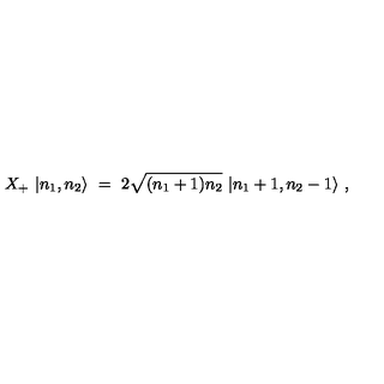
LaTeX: X _ { + } \ | n _ { 1 } , n _ { 2 } \rangle \ = \ 2 \sqrt { ( n _ { 1 } + 1 ) n _ { 2 } } \ | n _ { 1 } + 1 , n _ { 2 } - 1 \rangle \ ,